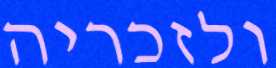
ולזכריה